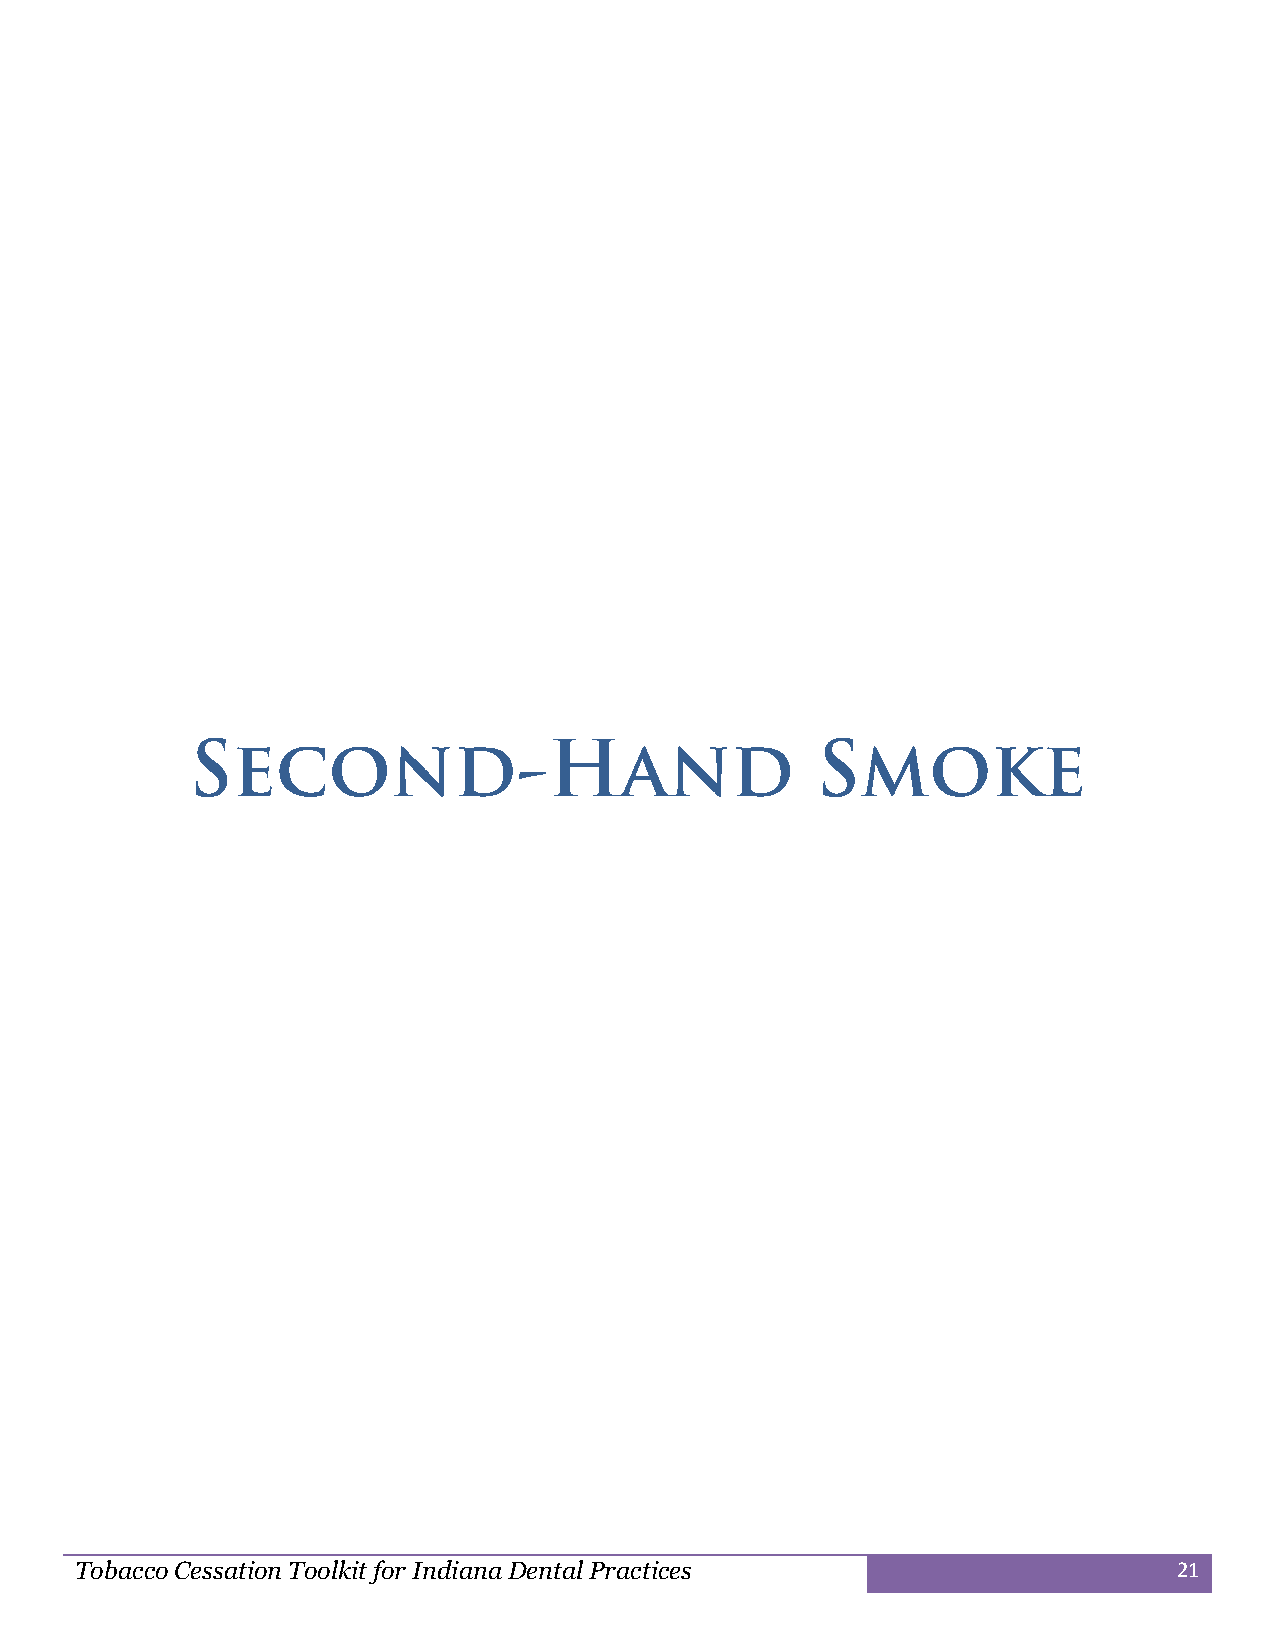
Tobacco Cessation Toolkit for Indiana Dental Practices                   21